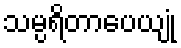
သမ္ပရိတာပေယျုံ